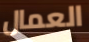
العمال